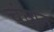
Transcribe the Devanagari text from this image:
चंघान